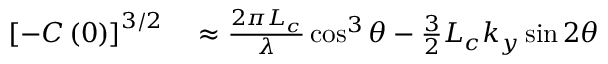
\begin{array} { r l } { \left[ - C \left( 0 \right) \right] ^ { 3 / 2 } } & { { } \approx \frac { 2 \pi L _ { c } } { \lambda } \cos ^ { 3 } \theta - \frac { 3 } { 2 } L _ { c } k _ { y } \sin 2 \theta } \end{array}